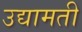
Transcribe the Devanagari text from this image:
उद्यामती